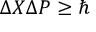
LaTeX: \Delta X \Delta P \geq \hbar